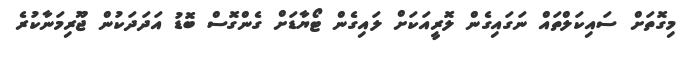
މިގޮތަށް ސައިކަލްތައް ނަގައިގެން ލޮރީއަކަށް ލައިގެން ޓޯޔާޑަށް ގެންގޮސް ބޮޑު އަދަދަކުން ޖޫރިމަނާކުރެ